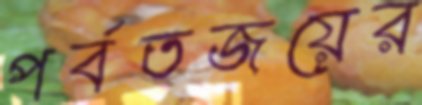
পর্বতজয়ের